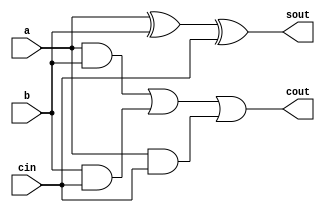
// This program was cloned from: https://github.com/Suni123456789/100DaysRTL
// License: Apache License 2.0

`timescale 1ns / 1ps

module full_adder(
    input a, b, cin,
    output sout, cout
    );
    assign sout = a^b^cin;
    assign cout = (a&b) | (b&cin) | (a&cin);
endmodule

module add_sub(
    input [3:0] A, B,
    input en,
    output [3:0] sdout,
    output cbout
    );
    wire [2:0]c;
    
    full_adder fa1(A[0], (B[0]^en), en, sdout[0], c[0]);
    full_adder fa2(A[1], (B[1]^en), c[0], sdout[1], c[1]);
    full_adder fa3(A[2], (B[2]^en), c[1], sdout[2], c[2]);
    full_adder fa4(A[3], (B[3]^en), c[2], sdout[3], cbout);
 
endmodule